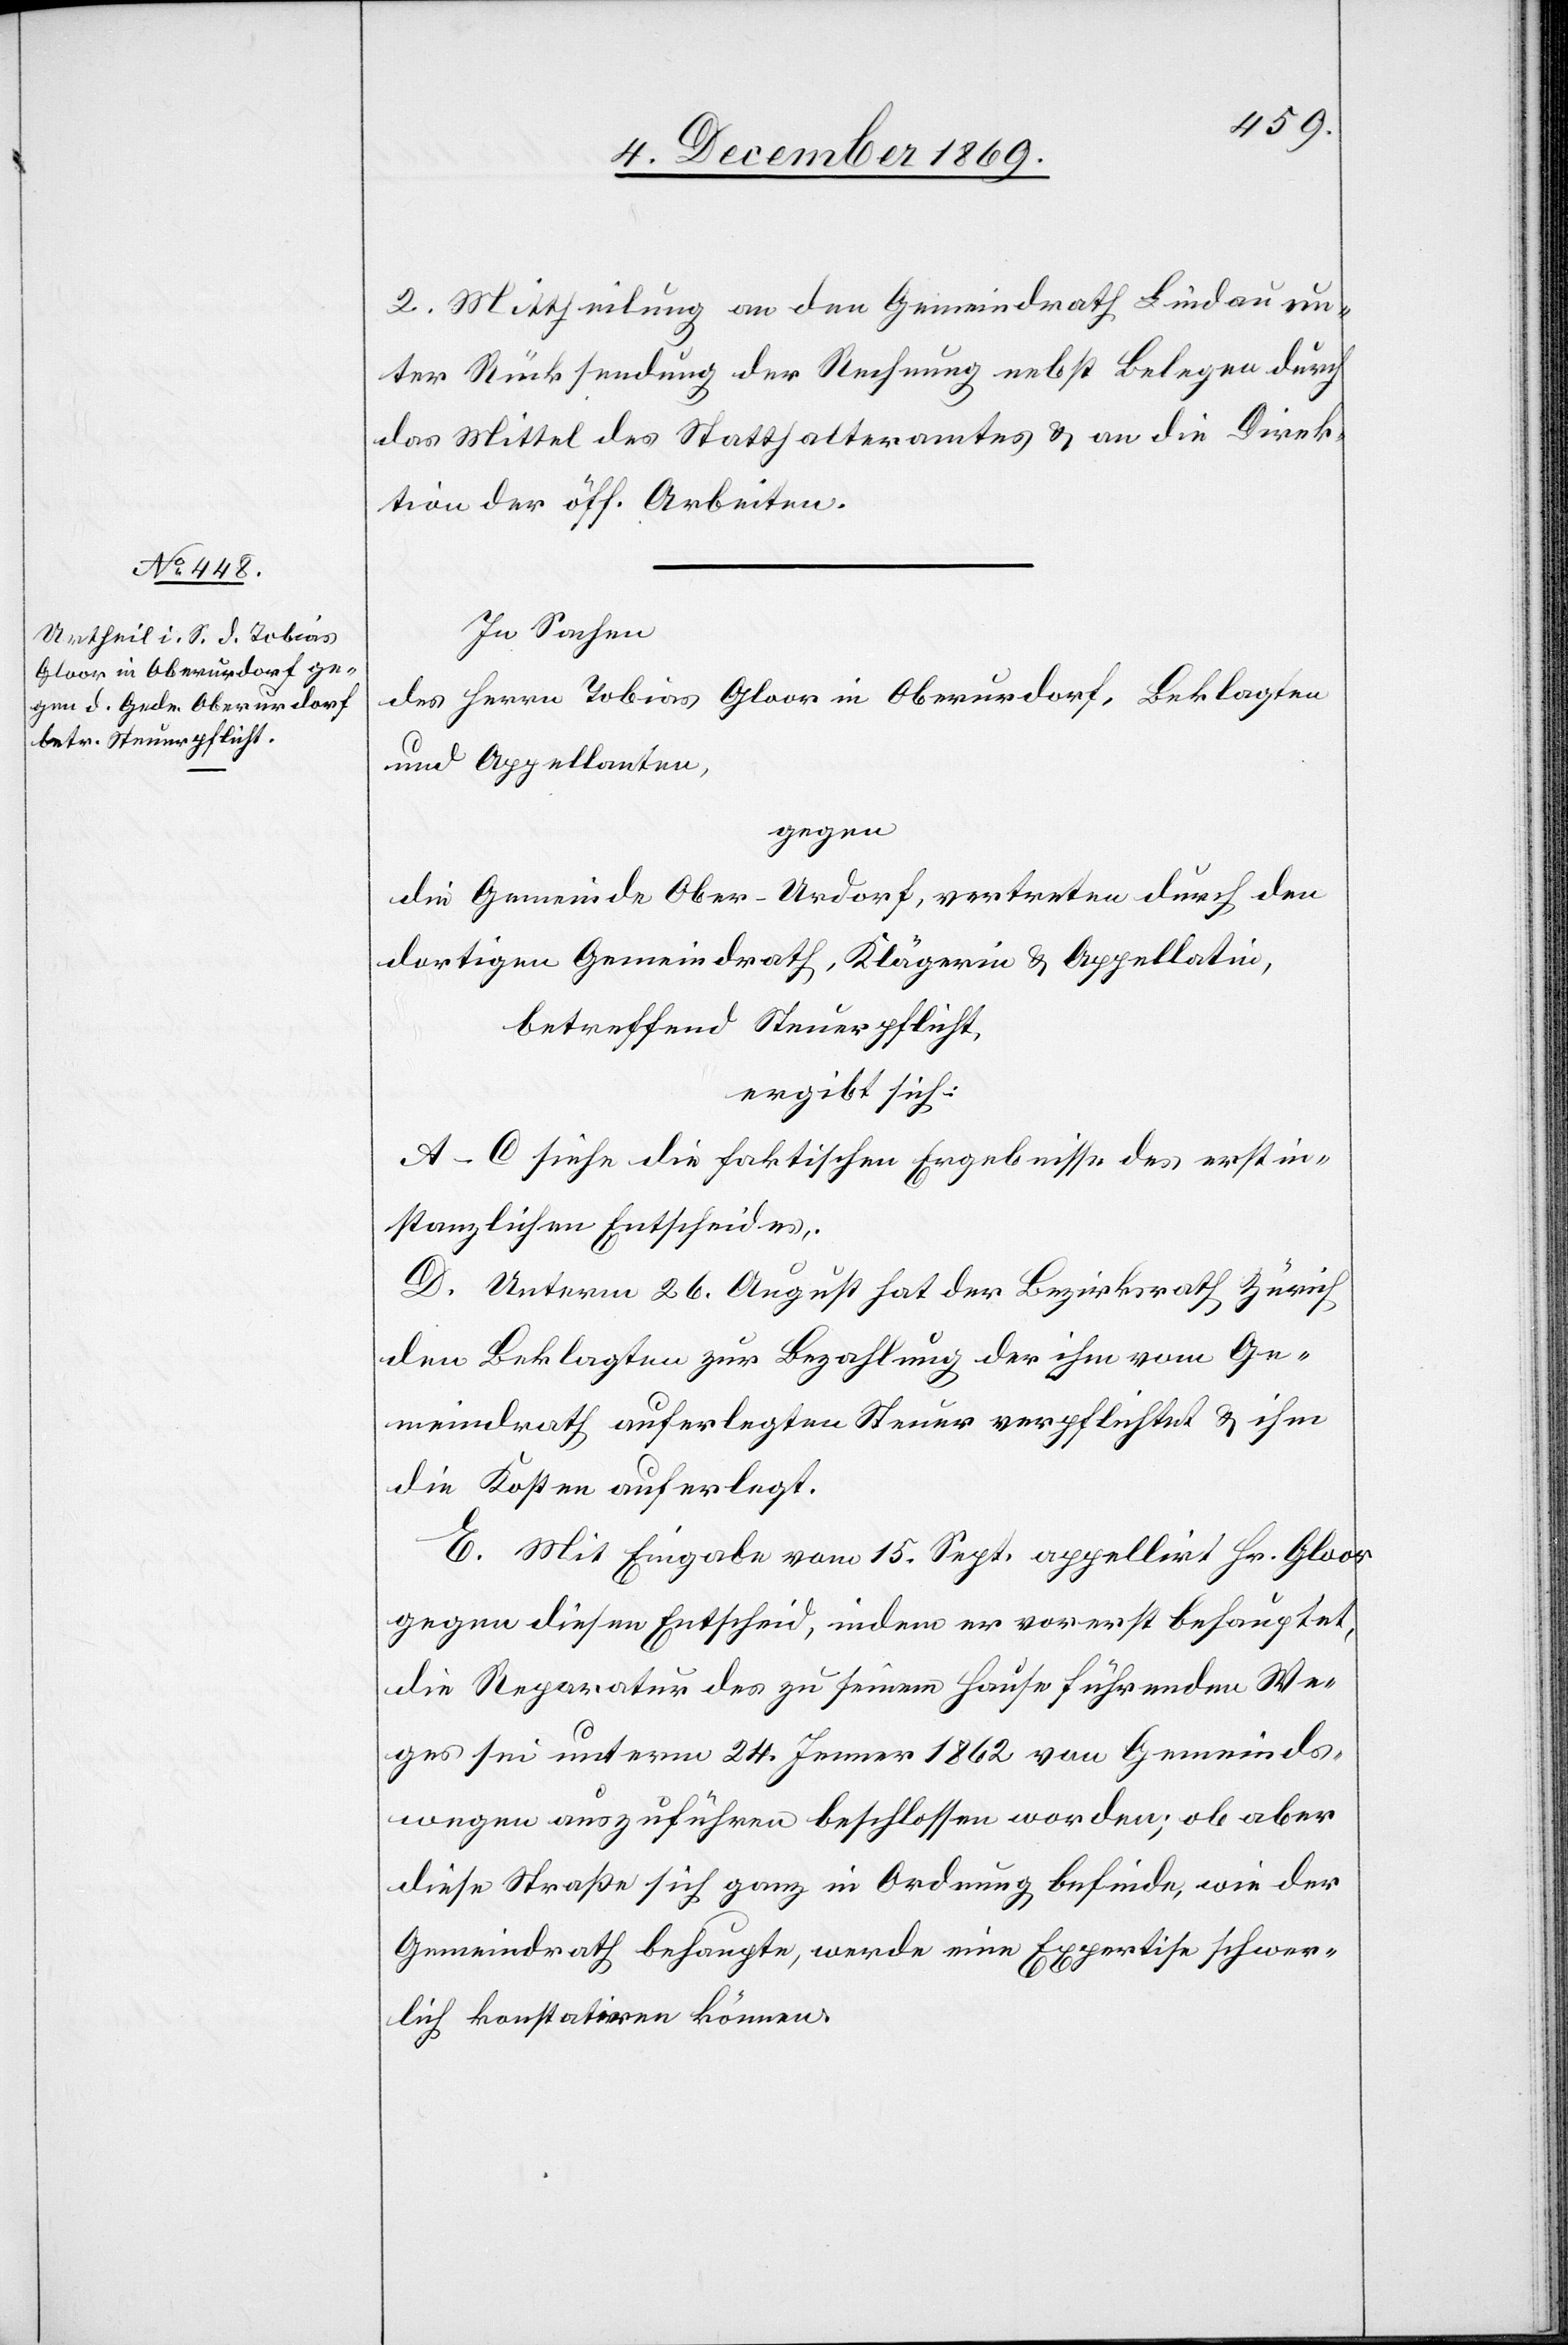
2. Mittheilung an den Gemeindrath Lindau un¬
ter Rücksendung der Rechnung nebst Belegen durch
das Mittel des Statthalteramtes & an die Direk¬
tion der öff. Arbeiten.
In Sachen
des Herrn Tobias Gloor in Oberurdorf, Beklagten
und Appellanten,
gegen
die Gemeinde Ober-Urdorf, vertreten durch den
dortigen Gemeindrath, Klägerin & Appellatin,
betreffend Steuerpflicht
ergibt sich:
A–C siehe die faktischen Ergebnisse des erstin¬
stanzlichen Entscheides.
D. Unterm 26. August hat der Bezirksrath Zürich
den Beklagten zur Bezahlung der ihm vom Ge¬
meindrath auferlegten Steuer verpflichtet & ihm
die Kosten auferlegt.
E. Mit Eingabe vom 15. Sept. appellirt Hr. Gloor
gegen diesen Entscheid, indem er vorerst behauptet,
die Reparatur des zu seinem Hause führenden We¬
ges sei unterm 24. Jenner 1862 von Gemeinds¬
wegen auszuführen beschlossen worden; ob aber
diese Straße sich ganz in Ordnung befinde, wie der
Gemeindrath behaupte, werde eine Expertise schwer¬
lich konstatiren können.